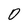
Character: 0